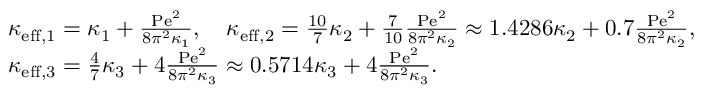
\begin{array} { r l } & { \kappa _ { \mathrm { e f f } , 1 } = \kappa _ { 1 } + \frac { \mathrm { P e } ^ { 2 } } { 8 \pi ^ { 2 } \kappa _ { 1 } } , \quad \kappa _ { \mathrm { e f f } , 2 } = \frac { 1 0 } { 7 } \kappa _ { 2 } + \frac { 7 } { 1 0 } \frac { \mathrm { P e } ^ { 2 } } { 8 \pi ^ { 2 } \kappa _ { 2 } } \approx 1 . 4 2 8 6 \kappa _ { 2 } + 0 . 7 \frac { \mathrm { P e } ^ { 2 } } { 8 \pi ^ { 2 } \kappa _ { 2 } } , } \\ & { \kappa _ { \mathrm { e f f } , 3 } = \frac { 4 } { 7 } \kappa _ { 3 } + 4 \frac { \mathrm { P e } ^ { 2 } } { 8 \pi ^ { 2 } \kappa _ { 3 } } \approx 0 . 5 7 1 4 \kappa _ { 3 } + 4 \frac { \mathrm { P e } ^ { 2 } } { 8 \pi ^ { 2 } \kappa _ { 3 } } . } \end{array}